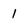
Character: 1